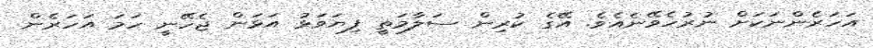
އަހަރެންނަކަށް ނުރުހެވޭނެއެވެ. އޭގެ ކުރިން ސަލާމަތީ ފިޔަވަޅު އަޅަން ޖެހޭނީ ހަމަ އަހަރެން